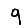
Digit: 9